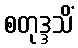
စတုဒ္ဒသိံ